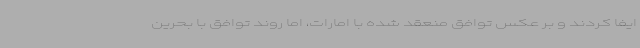
ایفا کردند و بر عکس توافق منعقد شده با امارات، اما روند توافق با بحرین